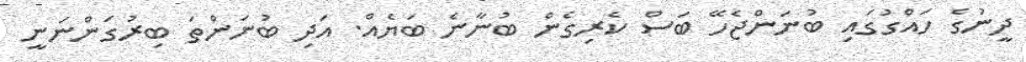
ދީނުގެ ހައްގުގައި ބުނަންޖެހޭ ބަސް ކެރިގެން ބުނާނެ ބަޔެއް. އަދި ބުނަންތަ ބިރުގަންނަނީ